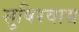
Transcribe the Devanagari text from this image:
सुषिरवाद्य